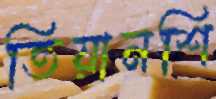
তিয়ানশি